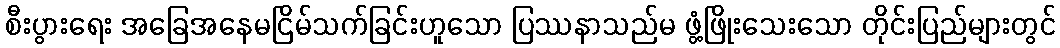
စီးပွားရေး အခြေအနေမငြိမ်သက်ခြင်းဟူသော ပြဿနာသည်မ ဖွံ့ဖြိုးသေးသော တိုင်းပြည်များတွင်